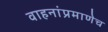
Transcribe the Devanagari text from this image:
वाहनांप्रमाणेच